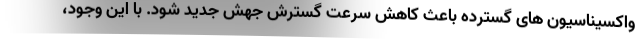
واکسیناسیون های گسترده باعث کاهش سرعت گسترش جهش جدید شود. با این وجود،